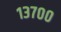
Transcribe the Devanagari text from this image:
१३७००